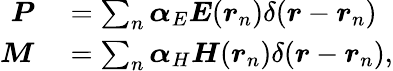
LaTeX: \begin{array}{rl}{\boldsymbol{P}}&{{}=\sum_{n}\boldsymbol{\alpha}_{E}\boldsymbol{E}(\boldsymbol{r}_{n})\delta(\boldsymbol{r}-\boldsymbol{r}_{n})}\\ {\boldsymbol{M}}&{{}=\sum_{n}\boldsymbol{\alpha}_{H}\boldsymbol{H}(\boldsymbol{r}_{n})\delta(\boldsymbol{r}-\boldsymbol{r}_{n}),}\end{array}